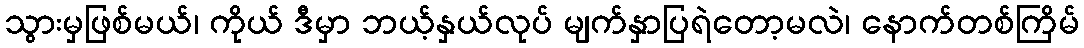
သွားမှဖြစ်မယ်၊ ကိုယ် ဒီမှာ ဘယ့်နှယ်လုပ် မျက်နှာပြရဲတော့မလဲ၊ နောက်တစ်ကြိမ်